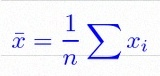
\bar{x}=\frac1n\sum x_i